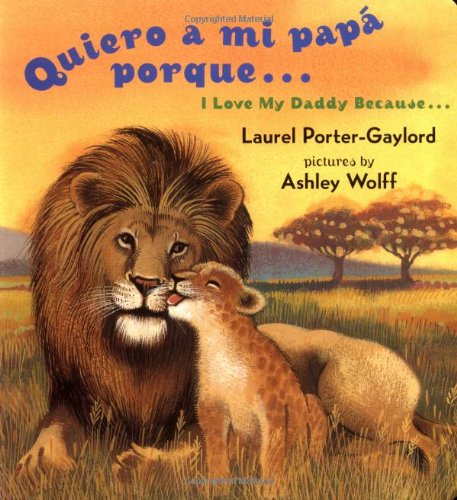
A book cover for Quiero a mi papa Porque (I Love My Daddy Because English / Spanishedition) (Spanish Edition); Laurel Porter Gaylord; Children's Books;